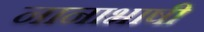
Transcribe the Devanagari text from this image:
नानाभाषी